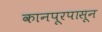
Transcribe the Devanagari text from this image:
कानपूरपासून